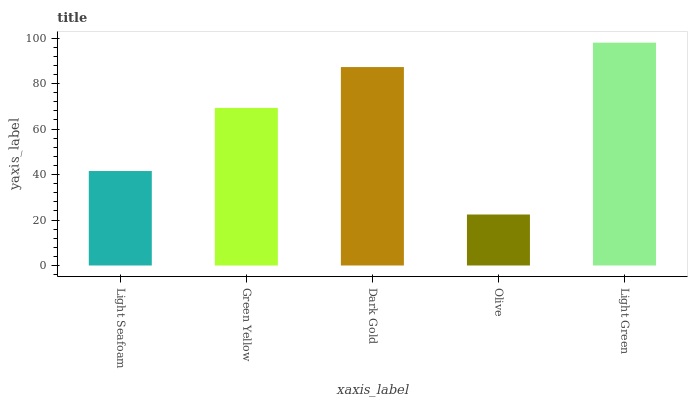
| xaxis_label | bars |
 | --- | --- |
 | Light Seafoam | 41.5 |
 | Green Yellow | 69.3 |
 | Dark Gold | 87.3 |
 | Olive | 22.4 |
 | Light Green | 98 |